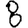
Digit: 8